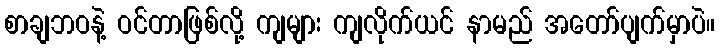
စာချဘဝနဲ့ ဝင်တာဖြစ်လို့ ကျများ ကျလိုက်ယင် နာမည် အတော်ပျက်မှာပဲ။